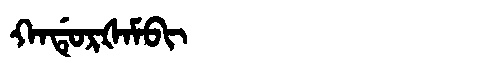
Manchu: ᡴᠠᡩᡠᡵᡧᠠᠮᠪᡳ
Romanization: KADURŠAMBI